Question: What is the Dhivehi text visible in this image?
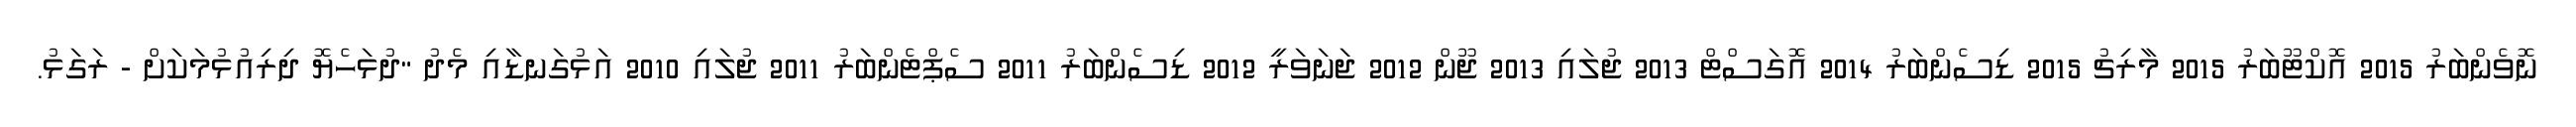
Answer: ނޮވެންބަރު 2015 އޮކްޓޫބަރު 2015 މާރިޗު 2015 ޑިސެންބަރު 2014 އޮގަސްޓް 2013 ޖުލައި 2013 ޖޫން 2012 ޖަނަވަރީ 2012 ޑިސެންބަރު 2011 ސެޕްޓެންބަރު 2011 ޖުލައި 2010 އަޅުގަނޑާއި މެދު "ދުޅަހެޔޮ ދިރިއުޅުމަކަށް - ރަގަޅު.